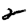
Digit: 2